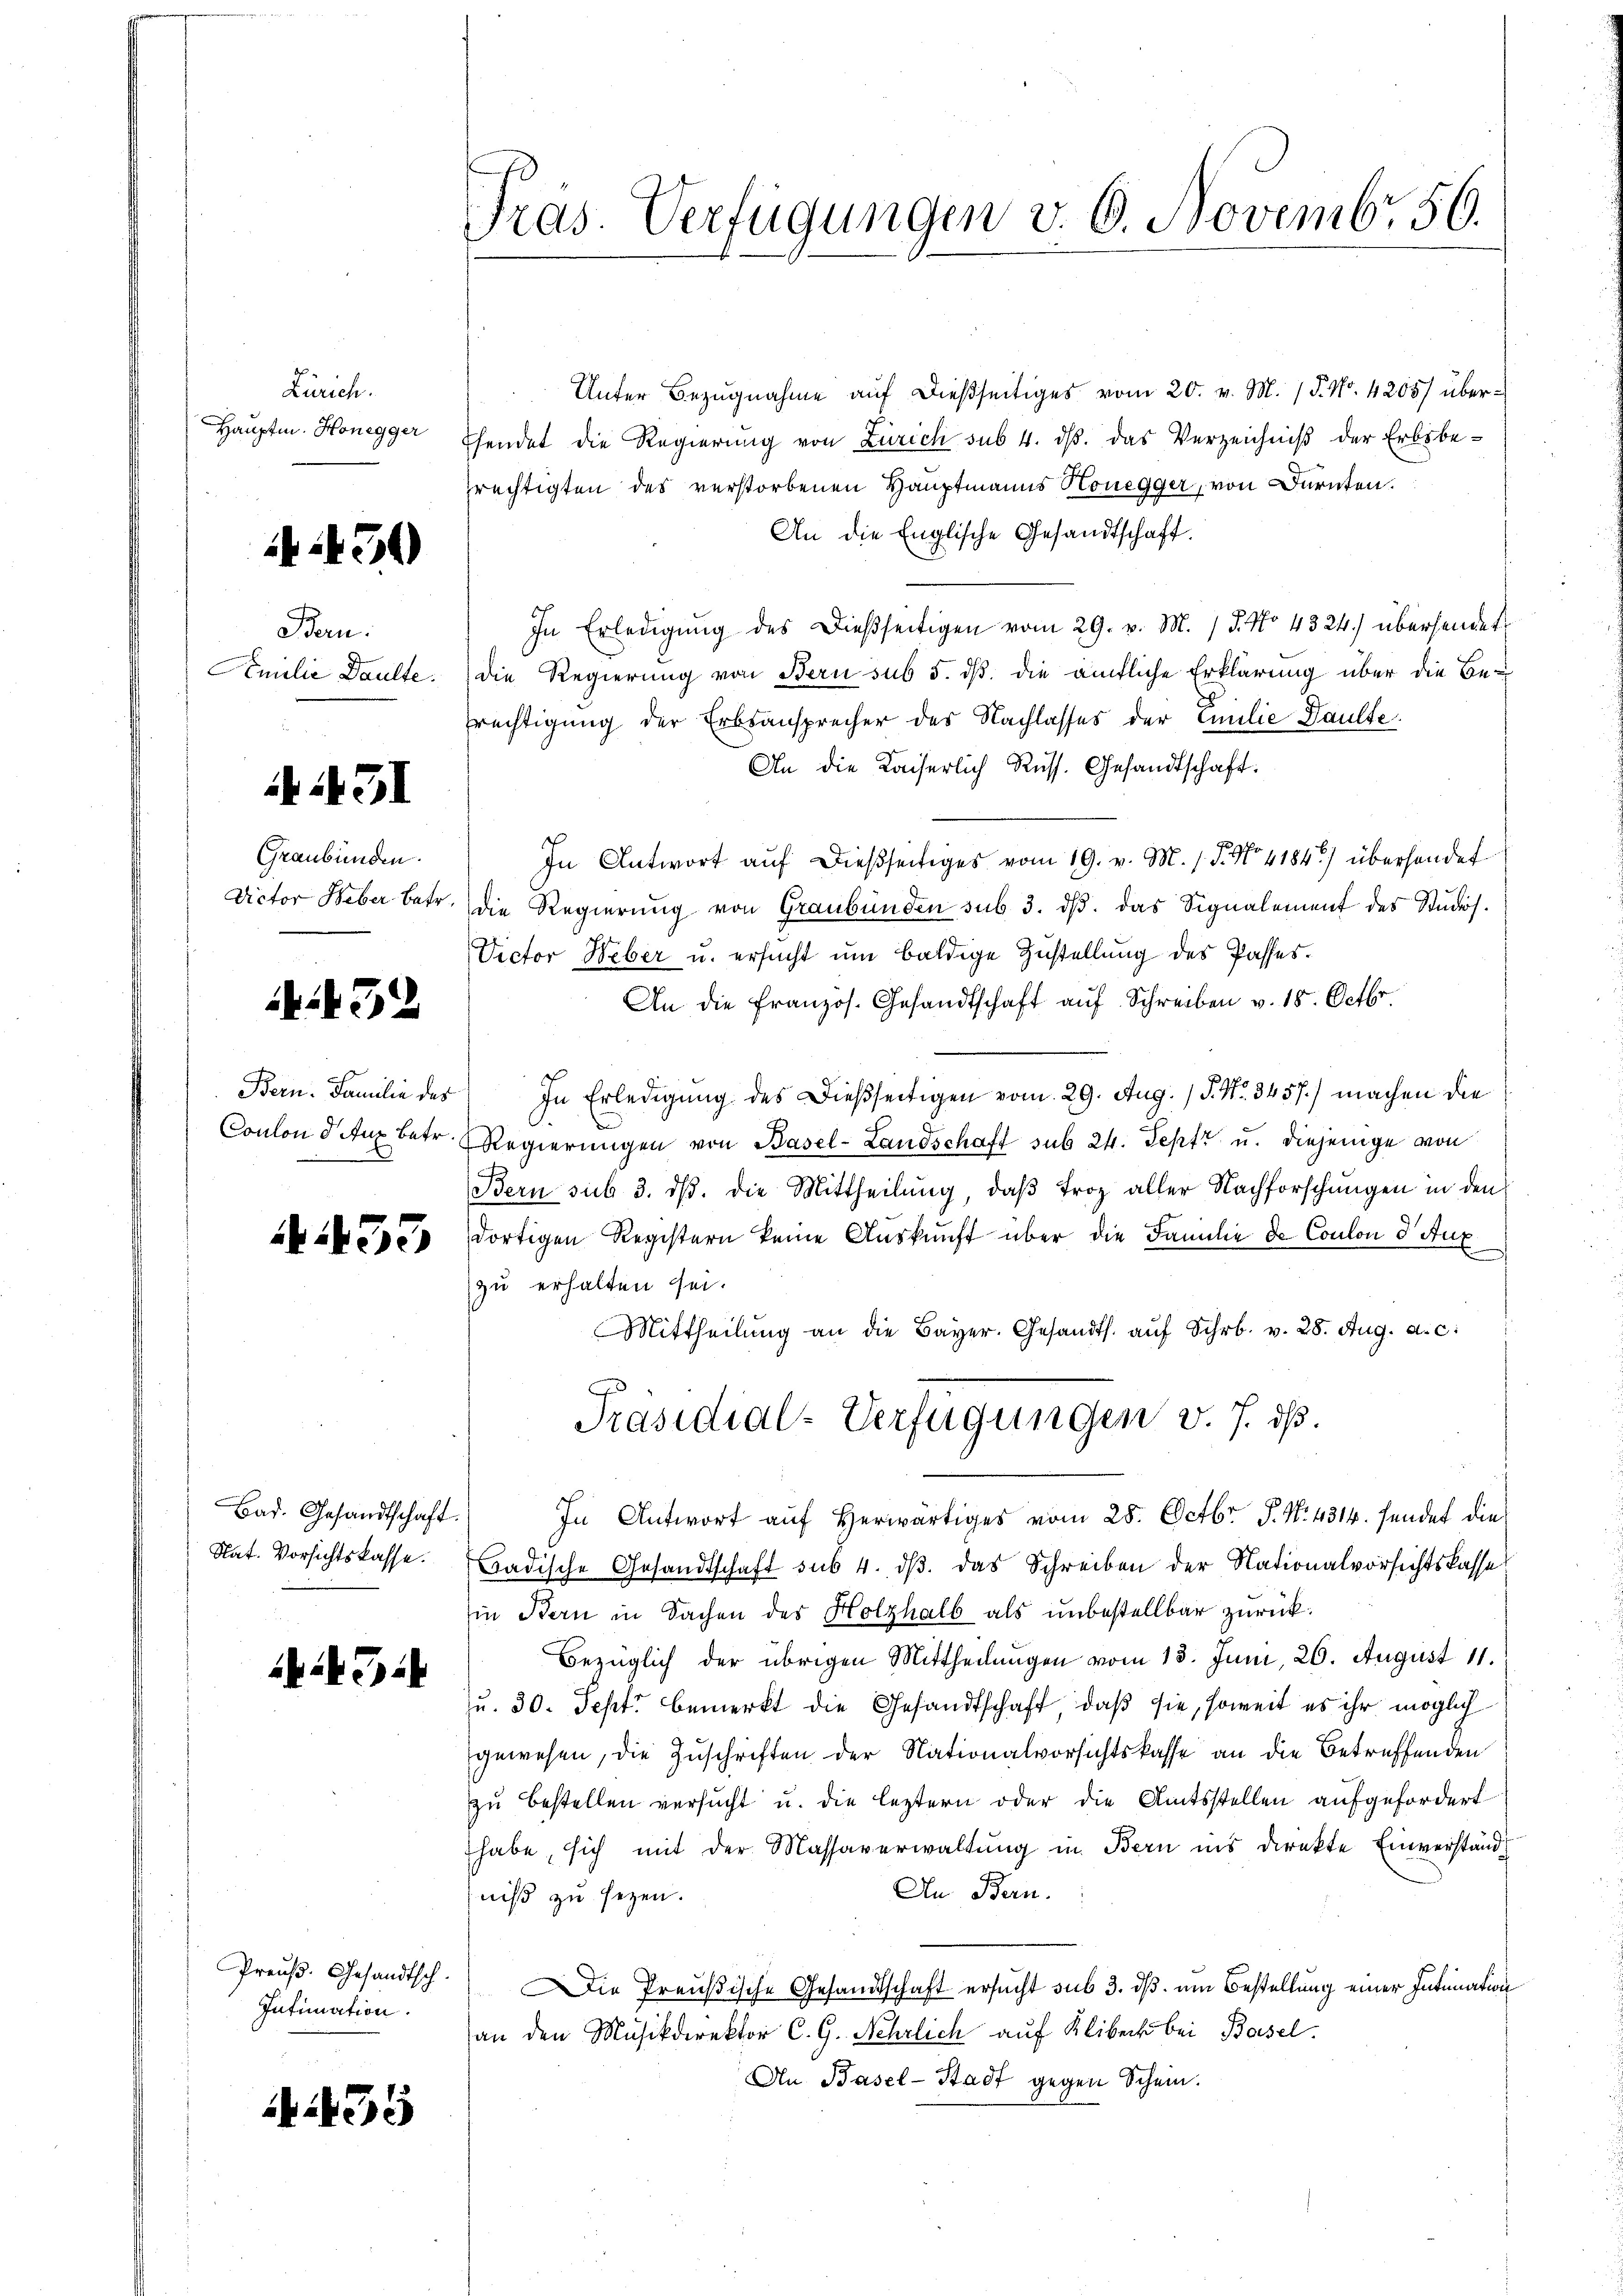
Zürich.
Hauptm. Honegger

450

Bern.
Amilie Daulte.

431

Graubünden.

A32

A33

Bad. Gesandtschaft.
Nat. Vorsichtskasse.

2 T

Intimation.

435

Unter Bezugnahme auf dießseitiges vom 20. v. M. / P. Nr. 4205/ überhendet die Regierung von Zürich sub 4. ds. das Verzeichniß der Erbsbeprechtigten des verstorbenen Hauptmanns Honegger, von Dürnten.
An die Englische Gesandtschaft.
In Erledigung des Dießseitigen vom 29. v. M. / 5. No 4324.) übersendet
die Regierung von Bern sub 5. dß die ämtliche Erklärung über die Befrechtigung der Erbsansprecher des Nachlasses der Emilie Paulte
An die Kaiserlich Russ. Gesandtschaft.
In Antwort aŭf dießseitiges vom 19. v. M. 1. P. No. 4184) überhander
Dictor Weber betr. die Regierung von Graubünden sub 3. dβ. das Signalement des Studis¬
Dector Weber u. ersucht um baldige Zustellung des Passes.
An die französ. Gesandtschaft aŭf Schreiben v. 18. Octbr.
Bern. Familie des In Erledigung des dießseitigen vom 29. Aug. 15. No. 3457.) machen die
Conlon deux betr. Regierŭngen von Basel-Landschaft sub 24. Septz u. diejenige von
Bern sub 3. ds. die Mittheilung, daβ Froz aller Nachforschungen in den
dortigen Registern keine Auskunft über die Familie de Coulon d' Aux
zu erhalten sei.
Mittheilŭng an die Bayer. Gesandts. aŭf Schr. v. 28. Aug. a. c.
Präsidial-Verfügungen v. J. dß.
In Antwort auf herwärtiges vom 28. Octbr. P. N. 4314. sendet die
Badische Gesandtschaft sub 4. dβ das Schreiben der Nationalvorsichtskasse
in Bern in Sachen des Holzhalb als unbestellbar zurück.
Bezüglich der übrigen Mittheilungen vom 13. Juni, 26. August 11.
Ju. 30. Sept bemerkt die Gesandtschaft, daß sie, soweit es ihr möglich
gewesen, die Zuschriften der Nationalvorsichtskasse an die Betreffenden
zu bestellen versucht u. die leztern oder die Amtsstellen aufgefordert
habe, sich mit der Massaverwaltung in Bern ins direkte Einverständ¬
An Bern.
niß zu sezen.
Preuß. Gesandtsch. Die Preußische Gesandtschaft ersucht sub 3. dß. um Bestellung einer Intimation
an den Musikdirektor C. G. Nehrlich auf Klibeck bei Basel.
An Basel-Stadt gegen Schein.

Tras. Verfügungen v. 6. Novemb. 56.